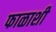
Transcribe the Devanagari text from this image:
फाळाशी